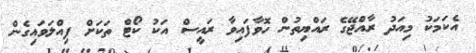
އެކަމަކު މިއަދު ރާއްޖޭގެ ރައްޔިތުން ހޮވާފައިވާ ރައީސް އަކު ކޯޓް ތަކަށް ފިއްލަވައިގެން